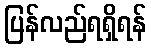
ပြန်လည်ရရှိရန်